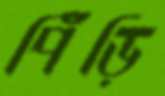
পিঁঁড়ি